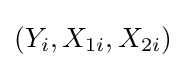
(Y_{i},X_{1i},X_{2i})